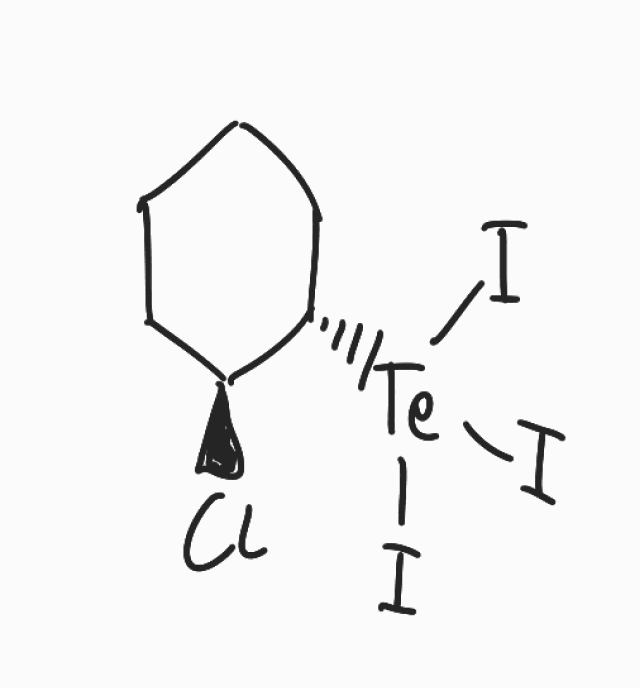
Simplified molecular-input line-entry system (SMILES) notation of the given molecule:
C1CC[C@@H]([C@H](C1)Cl)[Te](I)(I)I